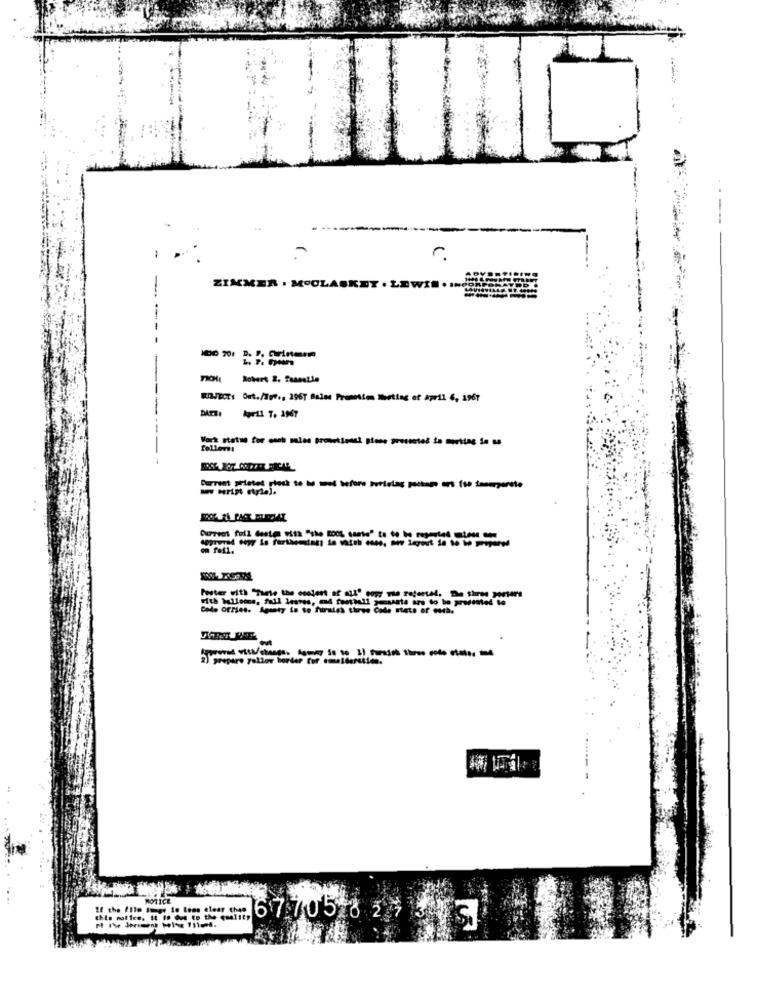
r.
ZIMMER . MOOLASK
.LEW
Robert 2. fasestie
ROJECT: Out./Tor ., 2967 Sales Promotion Meeting of April 6, 1967
DATI
April 7. 1967
Work statue for mach males promotional pisse procesteś ta martins in sa
follows!
Current printed plock to bu met before turistag packsme ars fte iaserperste
Current full deste with "the Root sante" to to be repentet uten
om feil.
Poster with "Tarte the content of all" copy The rateetal. De Shree porters
Code OfPies. Aguaty is to furies three Code stets of esta.
2) prepare yollar border for emelderstien.
MOTICE
If the film Sungs io loos clear chan
this notice. It 18 due to the quality
67705 8 24 3